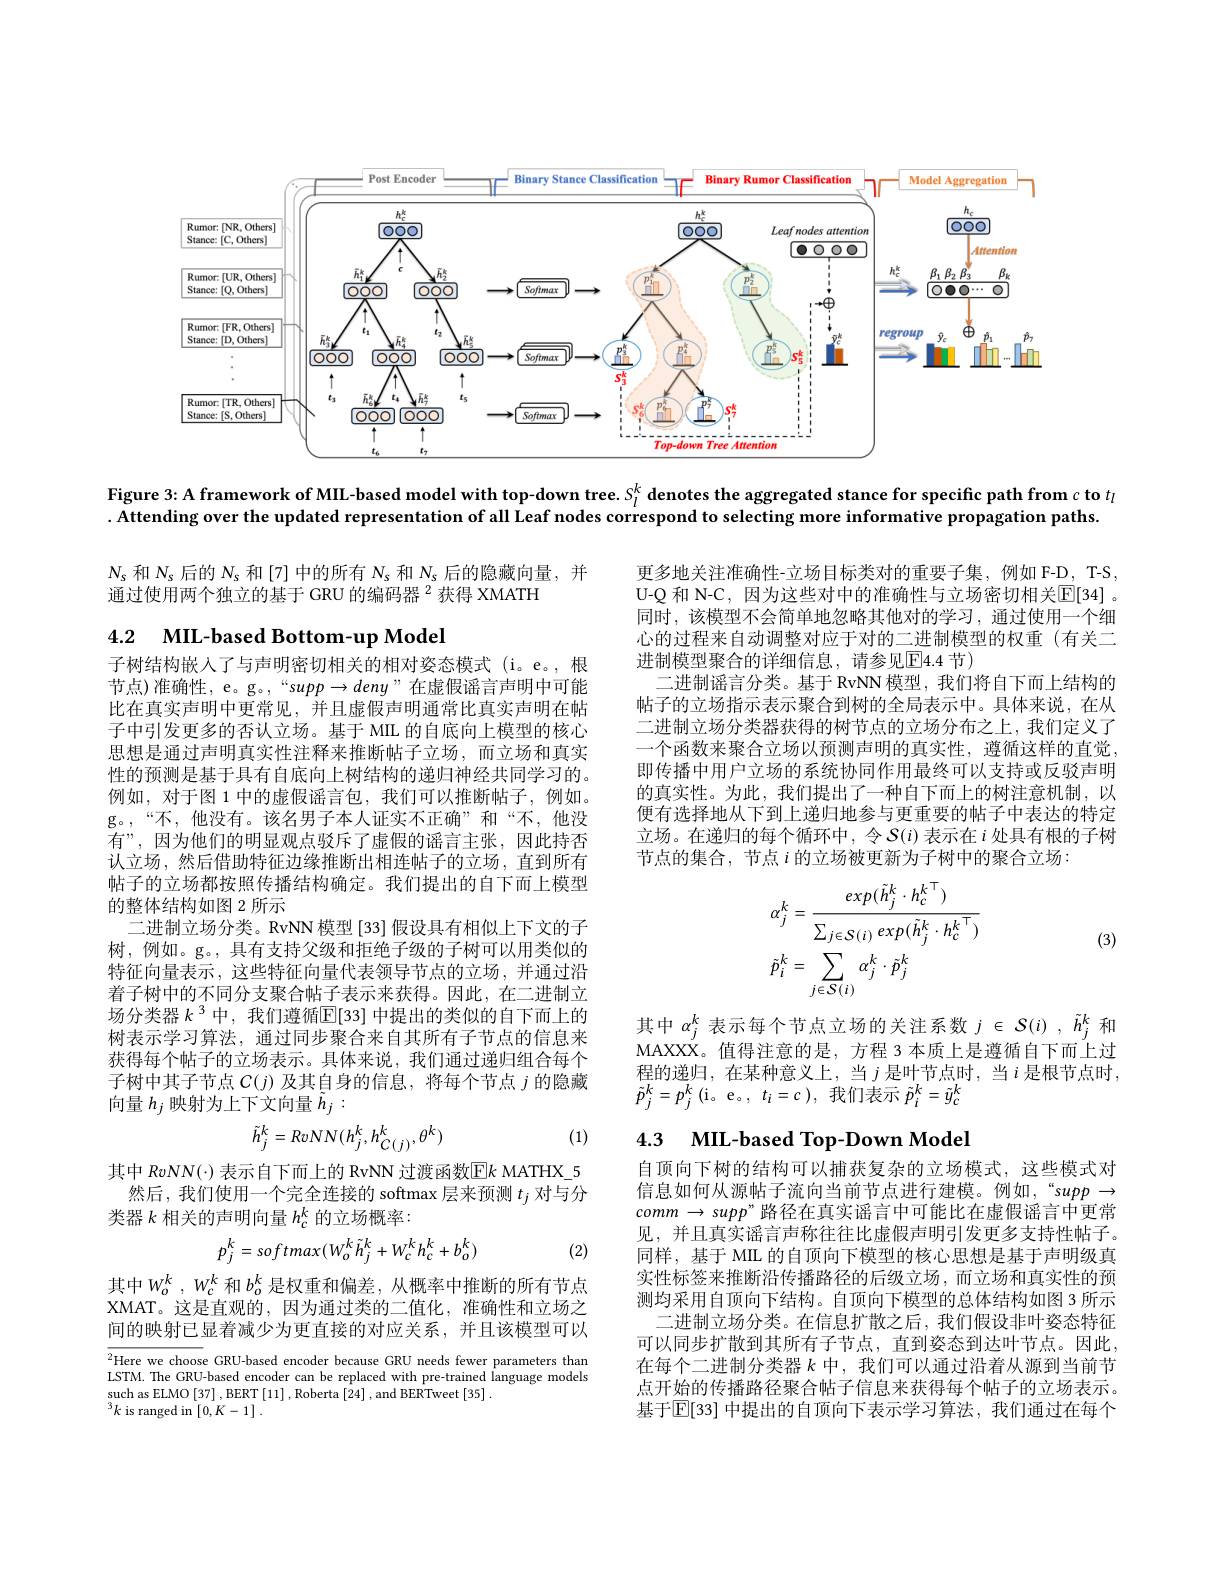
<FigureHere>

Figure 3: A framework of MIL-based model with top-down tree. $S_l^k$ denotes the aggregated stance for specific path from $c$ to $t_l$

. Attending over the updated representation of all Leaf nodes correspond to selecting more informative propagation paths.

$N_s$和$N_s$后的$N_s$和 [7] 中的所有$N_s$和$N_s$后的隐藏向量，并
通过使用两个独立的基于 GRU 的编码器$^{2}$获得 XMATH

4.2 $\textbf{MIL- based Bottom- up Model}$

更多地关注准确性-立场目标类对的重要子集，例如 F-D,T-S, U-Q 和 N-C, 因为这些对中的准确性与立场密切相关$\boxed{\mathrm{E}}[34]$ 。同时，该模型不会简单地忽略其他对的学习，通过使用一个细心的过程来自动调整对应于对的二进制模型的权重(有关二进制模型聚合的详细信息，请参见E4.4 节)
二进制谣言分类。基于 RvNN 模型，我们将自下而上结构的帖子的立场指示表示聚合到树的全局表示中。具体来说，在从二进制立场分类器获得的树节点的立场分布之上，我们定义了一个函数来聚合立场以预测声明的真实性，遵循这样的直觉即传播中用户立场的系统协同作用最终可以支持或反驳声明的真实性。为此，我们提出了一种自下而上的树注意机制，以便有选择地从下到上递归地参与更重要的帖子中表达的特定立场。在递归的每个循环中，令$S(i)$表示在$i$处具有根的子树节点的集合，节点$i$ 的立场被更新为子树中的聚合立场：

子树结构嵌入了与声明密切相关的相对姿态模式(i。e。,根节点)准确性，e。g。,“supp$\rightarrow deny”在虚假谣言声明中可能$ 比在真实声明中更常见，并且虚假声明通常比真实声明在帖子中引发更多的否认立场。基于 MIL 的自底向上模型的核心思想是通过声明真实性注释来推断帖子立场，而立场和真实性的预测是基于具有自底向上树结构的递归神经共同学习的。例如，对于图 1 中的虚假谣言包，我们可以推断帖子，例如。g。,“不，他没有。该名男子本人证实不正确”和“不，他没有”,因为他们的明显观点驳斥了虚假的谣言主张，因此持否认立场，然后借助特征边缘推断出相连帖子的立场，直到所有帖子的立场都按照传播结构确定。我们提出的自下而上模型的整体结构如图 2 所示
二进制立场分类。RvNN 模型 [33] 假设具有相似上下文的子树，例如。g。,具有支持父级和拒绝子级的子树可以用类似的特征向量表示，这些特征向量代表领导节点的立场，并通过沿着子树中的不同分支聚合帖子表示来获得。因此，在二进制立场分类器$k^{3}$中，我们遵循$\mathbb{E}[33]$ 中提出的类似的自下而上的树表示学习算法，通过同步聚合来自其所有子节点的信息来获得每个帖子的立场表示。具体来说，我们通过递归组合每个子树中其子节点$C(j)$及其自身的信息，将每个节点$j$的隐藏向量$h_j$映射为上下文向量$\tilde{h}_j:$
$$\tilde{h}_j^k=RvNN(h_j^k,h_{C(j)}^k,\theta^k)$$
$$\begin{aligned}&\alpha_{j}^{k}=\frac{exp(\tilde{h}_{j}^{k}\cdot h_{c}^{k}^{\top})}{\sum_{j\in S(i)}exp(\tilde{h}_{j}^{k}\cdot h_{c}^{k}^{\top})}\\&\tilde{p}_{i}^{k}=\sum_{j\in\mathcal{S}(i)}\alpha_{j}^{k}\cdot\tilde{p}_{j}^{k}\end{aligned}$$
(3)

其中$\alpha_j^k$表示每个节点立场的关注系数$j\in\mathcal{S}(i),\tilde{h}_j^k$和MAXXX。值得注意的是，方程 3 本质上是遵循自下而上过

程的递归，在某种意义上，当$j$ 是叶节点时，当$i$ 是根节点时，
$\tilde{p}_{j}^{k}=p_{j}^{k}\left(\mathrm{i}_{\circ}\mathrm{~e}_{\circ},\:t_{i}=c\:\right)$,我们表示$\tilde{p}_{i}^{k}=\tilde{y}_{c}^{k}$

(1)

# 4.3 MIL-based Top-Down Model

其中$RvNN(\cdot)$表示自下而上的 RvNN 过渡函数E$k$ MATHX\_5
然后，我们使用一个完全连接的 softmax 层来预测$t_j$对与分
类器$k$相关的声明向量$h_c^k$的立场概率：
$$p_{j}^{k}=softmax(W_{o}^{k}\tilde{h}_{j}^{k}+W_{c}^{k}h_{c}^{k}+b_{o}^{k})$$
(2)

自顶向下树的结构可以捕获复杂的立场模式，这些模式对信息如何从源帖子流向当前节点进行建模。例如，“supp → $comm\to supp$”路径在真实谣言中可能比在虚假谣言中更常见，并且真实谣言声称往往比虚假声明引发更多支持性帖子。同样，基于 MIL 的自顶向下模型的核心思想是基于声明级真实性标签来推断沿传播路径的后级立场，而立场和真实性的预测均采用自顶向下结构。自顶向下模型的总体结构如图 3 所示
二进制立场分类。在信息扩散之后，我们假设非叶姿态特征可以同步扩散到其所有子节点，直到姿态到达叶节点。因此在每个二进制分类器$k$ 中，我们可以通过沿着从源到当前节点开始的传播路径聚合帖子信息来获得每个帖子的立场表示。基于$\mathbb{E}[33]$ 中提出的自顶向下表示学习算法，我们通过在每个

其中$W_o^k,W_c^k$和$b_o^k$是权重和偏差，从概率中推断的所有节点XMAT。这是直观的，因为通过类的二值化，准确性和立场之间的映射已显着减少为更直接的对应关系，并且该模型可以

$\overline{^2\text{Here we choos}}$e GRU-based encoder because GRU needs fewer parameters than LSTM. The GRU-based encoder can be replaced with pre-trained language models such as ELMO [37] , BERT [11] , Roberta [24] , and BERTweet [35] .
$^3k$ is ranged in$\left[0,K-1\right].$